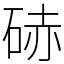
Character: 硳